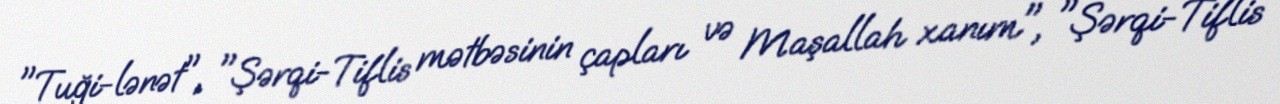
"Tuği-lənət", "Şərqi-Tiflis mətbəsinin çapları və Maşallah xanım", "Şərqi-Tiflis